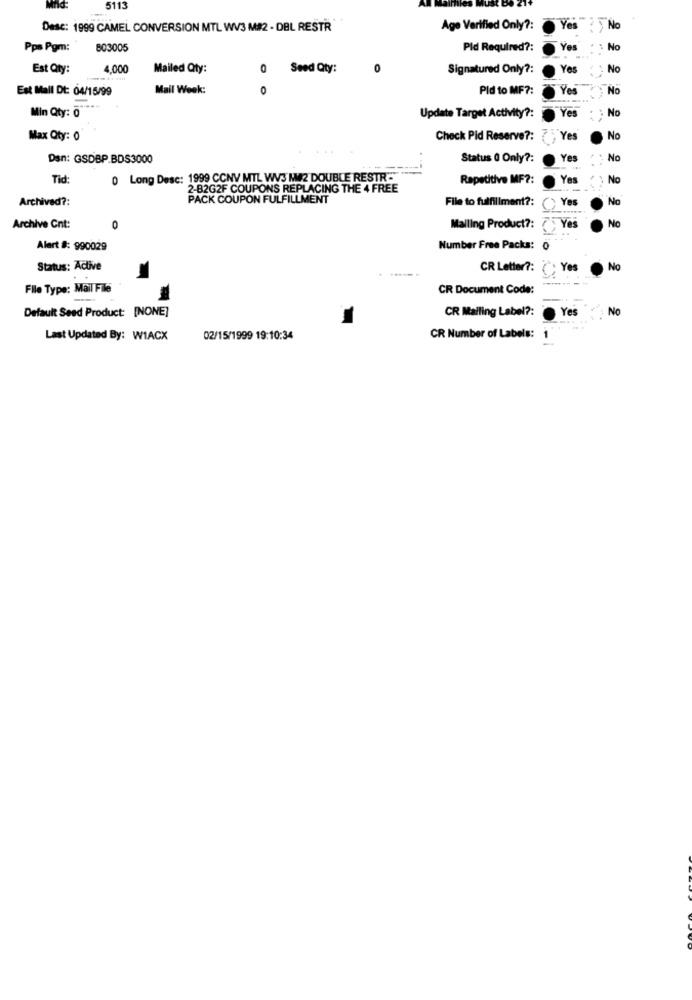
5113
No
Desc: 1999 CAMEL CONVERSION MTL WV3 M#2 - DBL RESTR
Age Verified Only ?:
Pps Pgm:
803005
Pld Required ?:
Ver
No
Est Qty:
4.000
Mailed Qty:
0
Seed Qty:
0
Signatured Only ?:
Ye
No
Est Mall Dt: 04/15/99
Mail Week:
0
Pld to MF ?:
Yes
No
Yes
No
Min Qty: 0
Update Target Activity ?:
Max Qty: 0
Check Pid Reserve ?:
Yes
No
Dan: GSDBP.BDS3000
Status 0 Only ?:
Yes
No
Tid
0 Long Desc: 1999 CCNV MTL WV3 M#2 DOUBLE RESTR"
Repetitive MF ?:
Yes
No
2-B2G2F COUPONS REPLACING THE 4 FREE
Archived ?:
PACK COUPON FULFILLMENT
File to fulfillment ?:
Yes
No
No
Archive Cnt:
0
Mailing Product ?:
Yes
Alert #: 990029
Number Free Packs: 0
Status: Active
CR Letter ?:
Yes
No
File Type: Mail File
CR Document Code:
Default Seed Product: [NONE]
CR Mailing Label ?:
Yes
No
Last Updated By: WIACX
02/15/1999 19:10:34
CR Number of Labels: 1